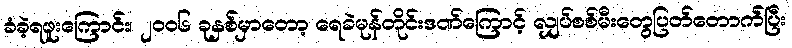
ခံခဲ့ရဖူးကြောင်း၊ ၂၀၀၆ ခုနှစ်မှာတော့ ရေခဲမုန်တိုင်းဒဏ်ကြောင့် လျှပ်စစ်မီးတွေပြတ်တောက်ပြီး